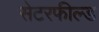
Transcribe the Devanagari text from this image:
सेटरफील्ड